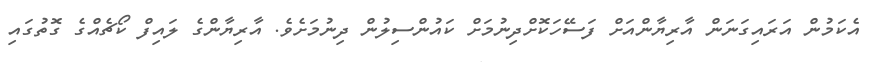
އެކަމުން އަރައިގަނަން އާރިޔާންއަށް ފަސޭހަކޮށްދިނުމަށް ކައުންސިލުން ދިނުމަށެވެ. އާރިޔާންގެ ލައިފް ކޯޗެއްގެ ގޮތުގައި